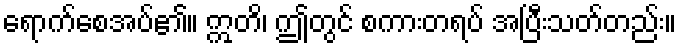
ရောက်စေအပ်၏။ ဣတိ၊ ဤတွင် စကားတရပ် အပြီးသတ်တည်း။